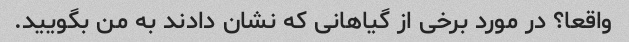
واقعا؟ در مورد برخی از گیاهانی که نشان دادند به من بگویید.